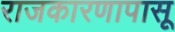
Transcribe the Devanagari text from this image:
राजकारणापासू